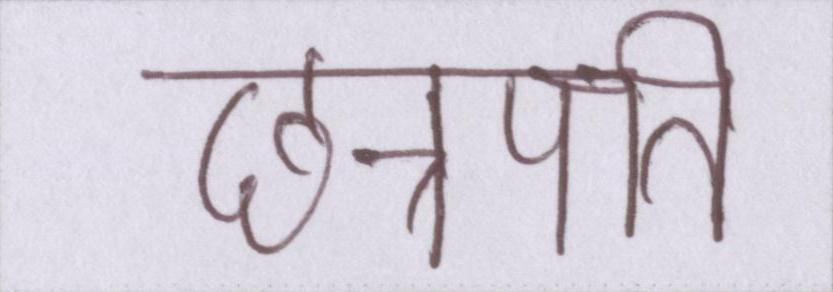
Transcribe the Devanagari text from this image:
छत्रपति